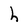
Character: h